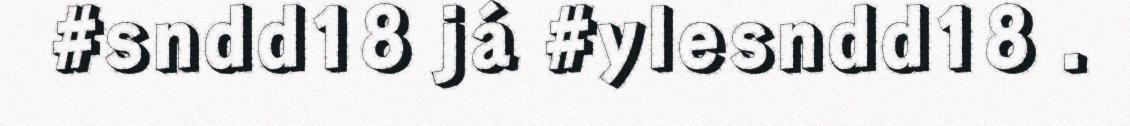
#sndd18 já #ylesndd18 .